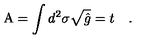
\mathrm { A } = \int d ^ { 2 } \sigma { \sqrt { \hat { g } } } = t \quad .